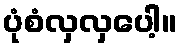
ပုံစံလှလှပေါ့။